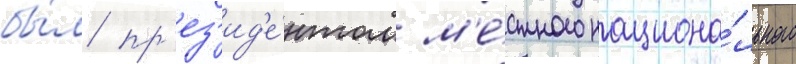
бы́л пр'ез'ид'е́нтом м'е́стного национа́льного